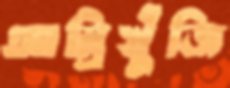
আম্রিখুঁজি